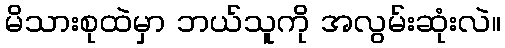
မိသားစုထဲမှာ ဘယ်သူကို အလွမ်းဆုံးလဲ။